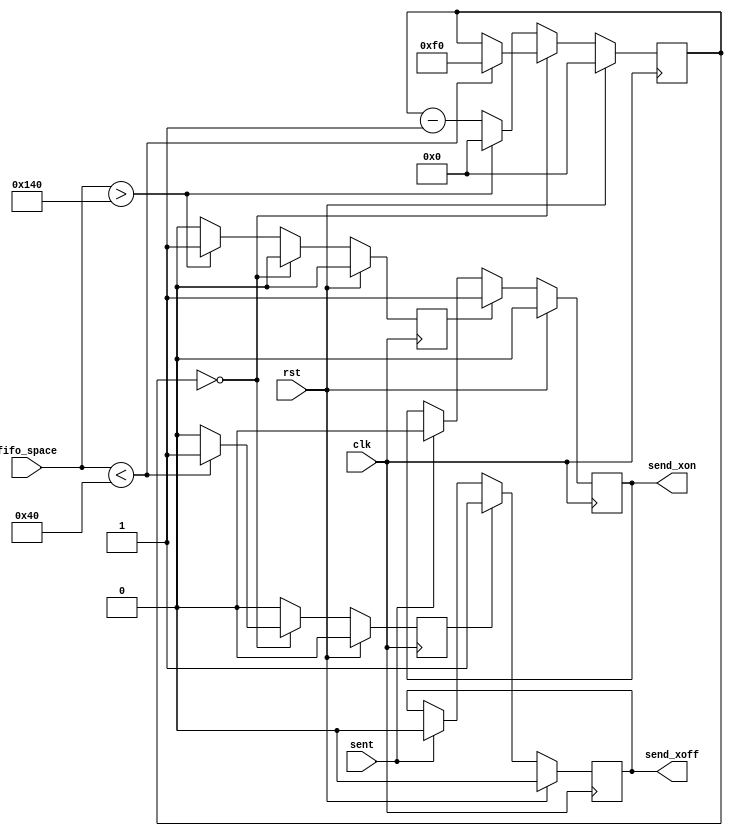
module serdes_fc_rx
  #(parameter LWMARK = 64,
    parameter HWMARK = 320)
    (input clk, input rst,
     input [15:0] fifo_space, 
     output reg send_xon,
     output reg send_xoff,
     input sent);
    
   reg [15:0] 	  countdown;
   reg 		  send_xon_int, send_xoff_int;
   
   always @(posedge clk)
     if(rst)
       begin
	  send_xon_int <= 0;
	  send_xoff_int <= 0;
	  countdown <= 0;
       end
     else 
       begin
	  send_xon_int <= 0;
	  send_xoff_int <= 0;
	  if(countdown == 0)
	    if(fifo_space < LWMARK)
	      begin
		 send_xoff_int <= 1;
		 countdown <= 240;
	      end
	    else
	      ;
	  else
	    if(fifo_space > HWMARK)
	      begin
		 send_xon_int <= 1;
		 countdown <= 0;
	      end
	    else
	      countdown <= countdown - 1;
       end // else: !if(rst)

   // If we are between the high and low water marks, we let the countdown expire

   always @(posedge clk)
     if(rst)
       send_xon <= 0;
     else if(send_xon_int)
       send_xon <= 1;
     else if(sent)
       send_xon <= 0;

   always @(posedge clk)
     if(rst)
       send_xoff <= 0;
     else if(send_xoff_int)
       send_xoff <= 1;
     else if(sent)
       send_xoff <= 0;
   
endmodule